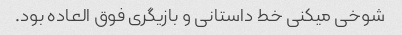
شوخی میکنی خط داستانی و بازیگری فوق العاده بود.